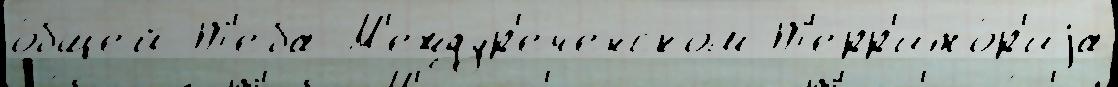
о́бщей Т'еба М'еждур'еченском Т'ерр'ито́р'иjа